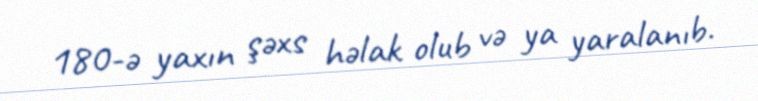
180-ə yaxın şəxs həlak olub və ya yaralanıb.